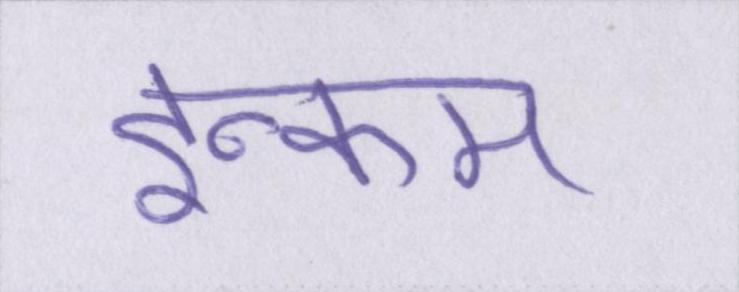
इन्कम